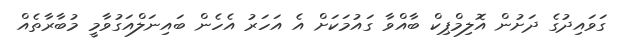
ގަވައިދުގެ ދަށުން އޮލިމްޕިކް ބާއްވާ ގައުމަކަށް އެ އަހަރު އެހެން ބައިނަލްއަގުވާމީ މުބާރާތެއް